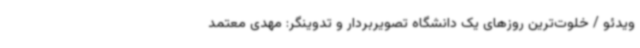
ویدئو / خلوت‌ترین روزهای یک دانشگاه تصویربردار و تدوینگر: مهدی معتمد